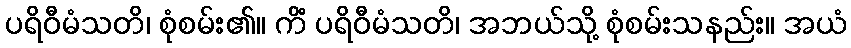
ပရိဝီမံသတိ၊ စုံစမ်း၏။ ကိံ ပရိဝီမံသတိ၊ အဘယ်သို့ စုံစမ်းသနည်း။ အယံ